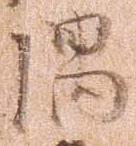
隅